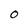
Character: O